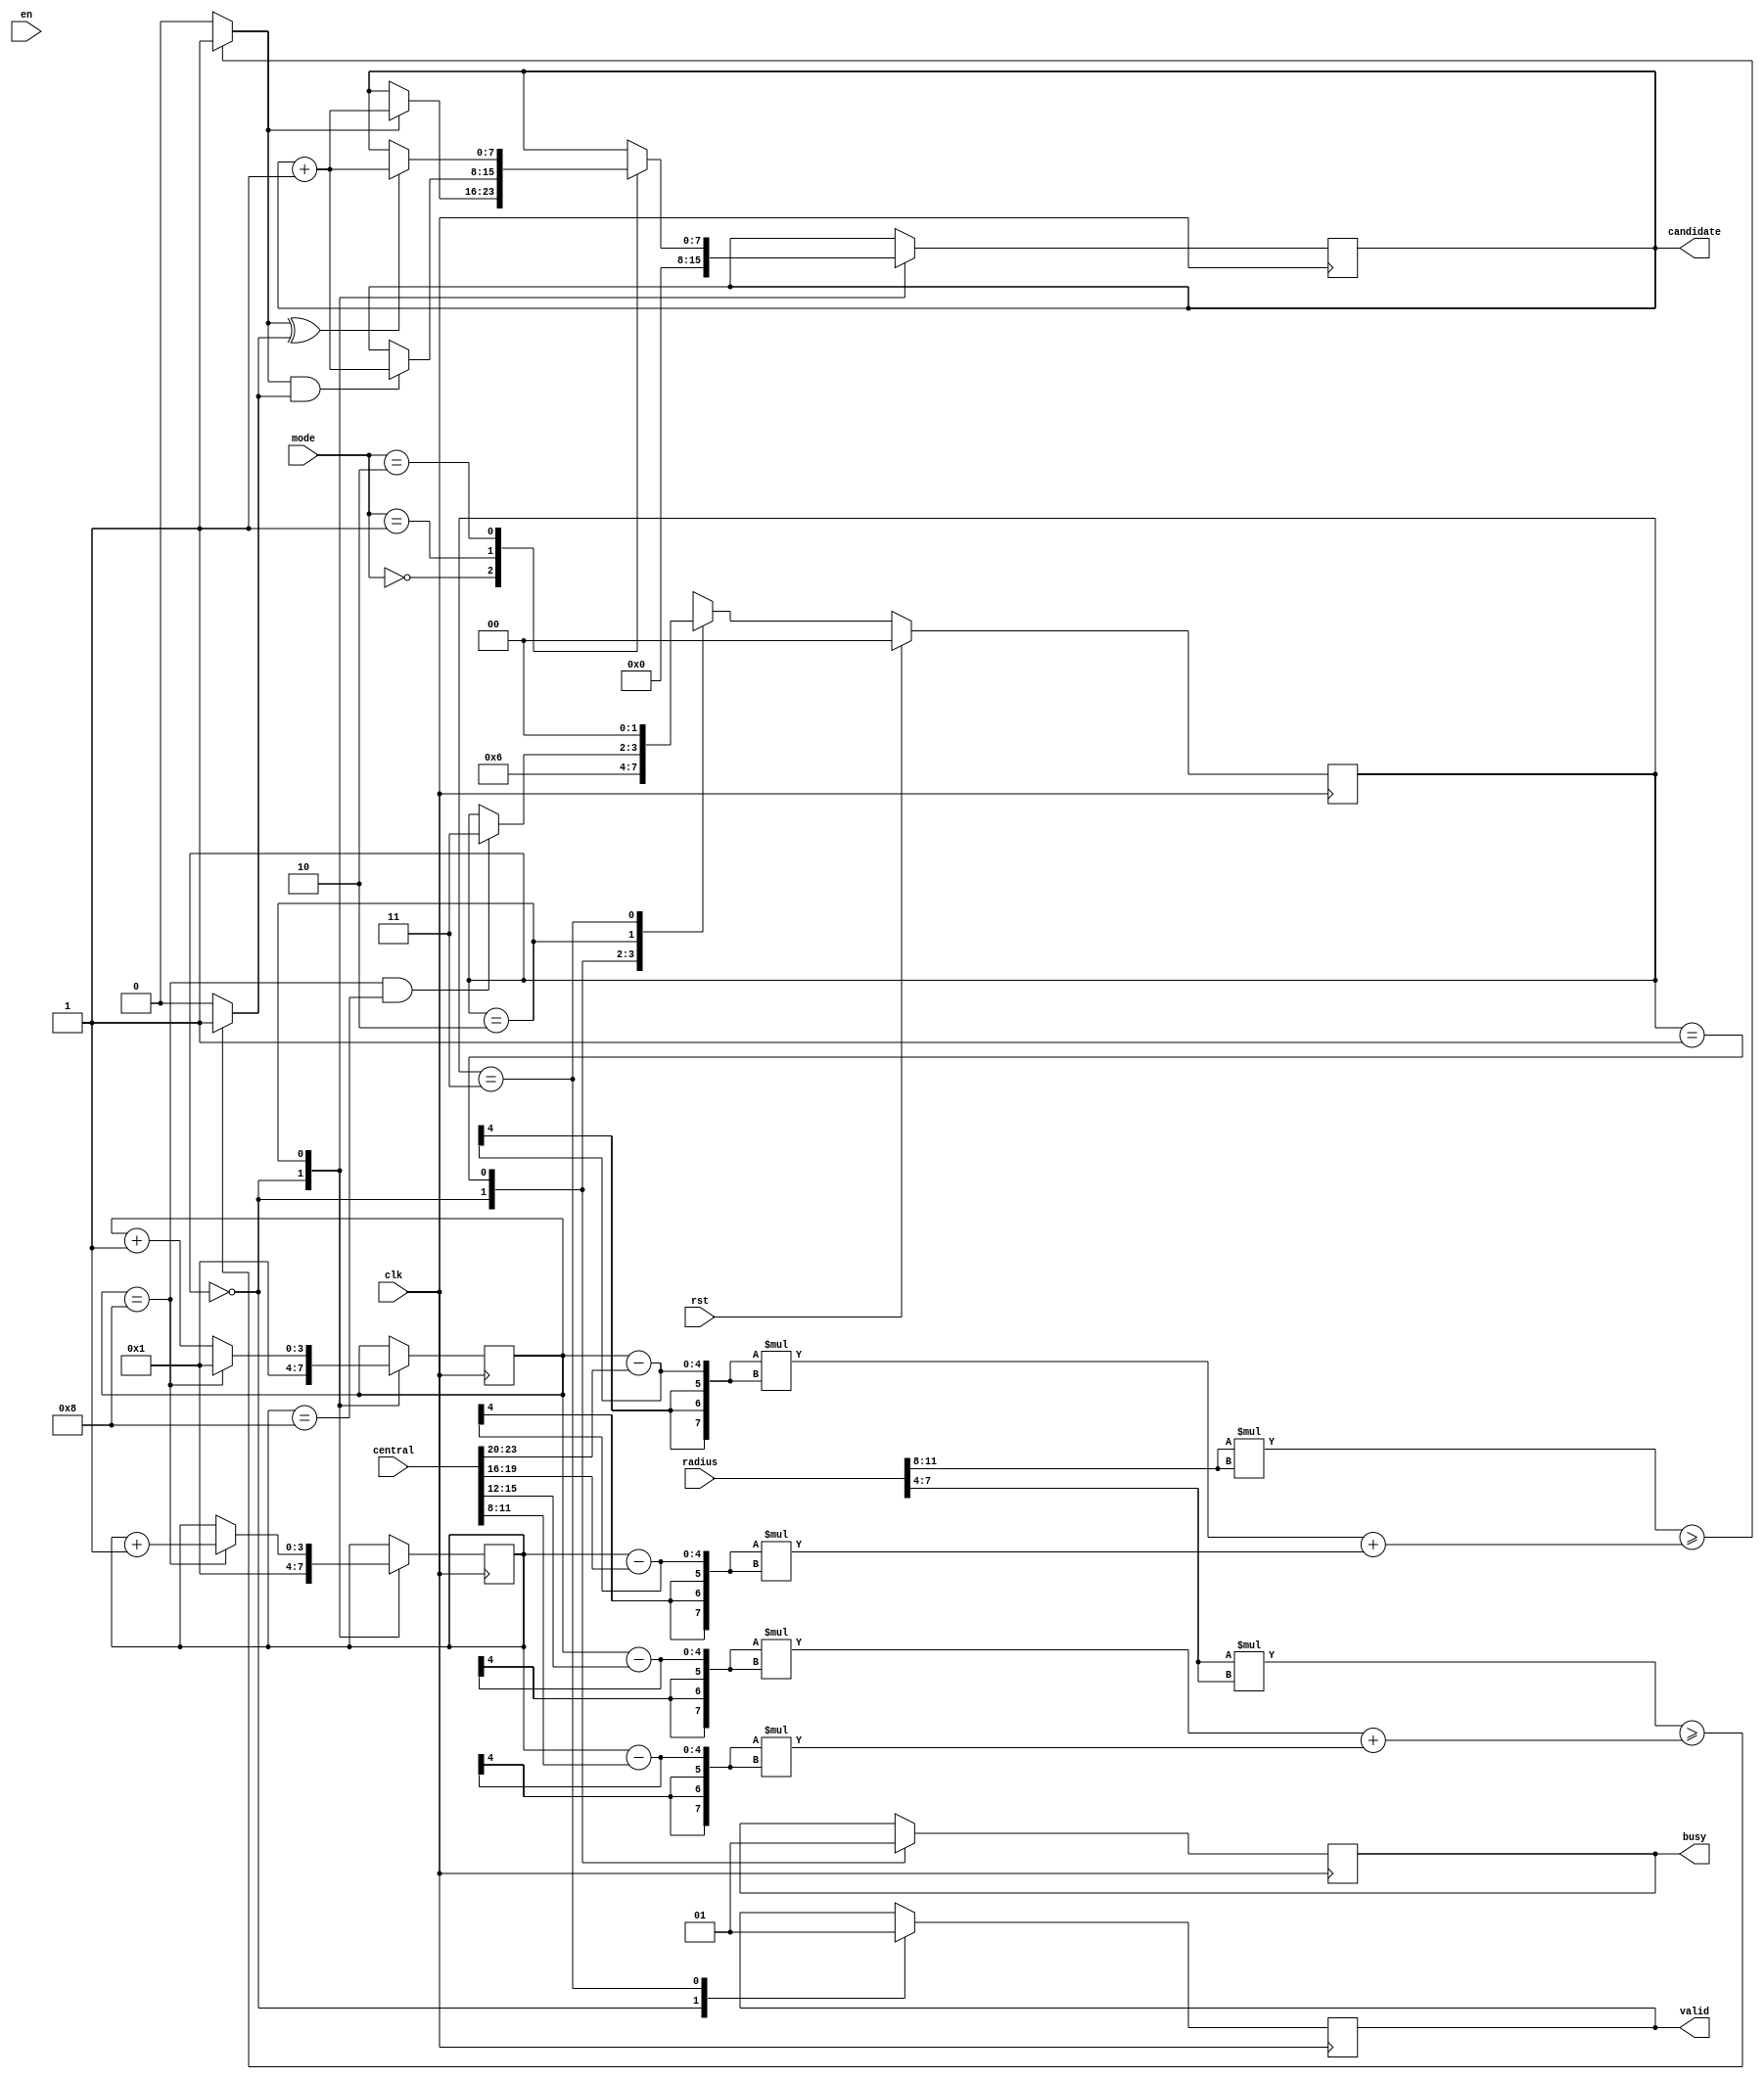
module SET ( clk , rst, en, central, radius, mode, busy, valid, candidate );

input clk, rst;
input en;
input [23:0] central;
input [11:0] radius;
input [1:0] mode;
output reg busy;
output reg valid;
output reg [7:0] candidate;

reg [1:0] state , next_state;
parameter Idle      = 2'd0,
          Read      = 2'd1,
          Calculate = 2'd2,
          Output    = 2'd3;

reg [3:0] X,Y;

always@(posedge clk)begin  // FSM
    if(rst)
        state <= Idle;
    else
        state <= next_state; 
end    

always@(*)begin  // next state logic
    next_state = state; 
    case(state)
           Idle : next_state =   Read;
           Read : next_state = Calculate;
           Calculate : if(X == 8 && Y== 8 ) next_state = Output;
           Output : next_state = Idle;
    endcase
end

wire [7:0]r1_2 ,r2_2 ,x1_2 ,x2_2 ,y1_2 ,y2_2 ;
assign r1_2 =  radius[11:8] * radius[11:8];
assign r2_2 =  radius[7 :4] * radius[7 :4];
assign x1_2 =  (X - central[23:20]) * (X - central[23:20]) ; 
assign y1_2 =  (Y - central[19:16]) * (Y - central[19:16]) ; 
assign x2_2 =  (X - central[15:12]) * (X - central[15:12]) ; 
assign y2_2 =  (Y - central[11: 8]) * (Y - central[11: 8]) ;
 
wire inside_A , inside_B;
assign inside_A = ( r1_2 >= x1_2 + y1_2 )? 1 : 0;
assign inside_B = ( r2_2 >= x2_2 + y2_2 )? 1 : 0; 

always@(posedge clk)begin
    case(state)
        Idle : begin
                busy <= 0;
                valid <= 0;
                X <= 1;
                Y <= 1;
                candidate <= 0;
               end
        Read : begin  // read data
                busy <= 1;
               end
        Calculate : begin                             
                        case (mode)
                            0: begin 
                                if( inside_A ) // inside A
                                    candidate <=  candidate + 1; 
                                end  
                            1: begin 
                                if( inside_A && inside_B ) // inside A and B
                                    candidate <=  candidate + 1;
                                end 
                            2: begin 
                               if( inside_A ^ inside_B )
                                    candidate <=  candidate + 1;
                                end 
                        endcase
                            
                        if(X == 8)begin
                            X <= 1;
                            Y <= Y + 1;
                        end
                        else begin
                            X <= X + 1;
                        end                                     
                    end
           Output : begin
                    valid <= 1;
                    end
    endcase
end
endmodule  // area : 5609.907068